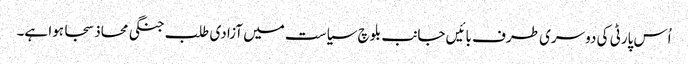
اُس پارٹی کی دوسری طرف بائیں جانب بلوچ سیاست میں آزادی طلب جنگی محاذ سجا ہوا ہے۔